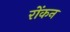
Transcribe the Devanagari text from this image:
रोंकन